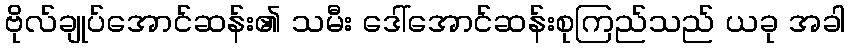
ဗိုလ်ချုပ်အောင်ဆန်း၏ သမီး ဒေါ်အောင်ဆန်းစုကြည်သည် ယခု အခါ